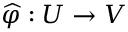
{ \widehat { \varphi } } : U \to V